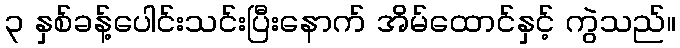
၃ နှစ်ခန့်ပေါင်းသင်းပြီးနောက် အိမ်ထောင်နှင့် ကွဲသည်။